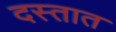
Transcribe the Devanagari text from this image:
दस्तात